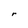
Character: r